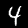
Digit: 4